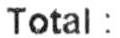
TOTAL :